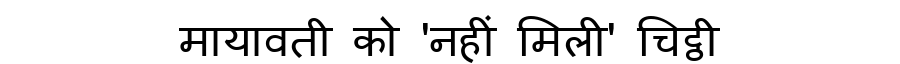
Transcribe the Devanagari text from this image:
मायावती को 'नहीं मिली' चिट्ठी